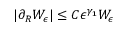
| \partial _ { R } W _ { \epsilon } | \le C \epsilon ^ { \gamma _ { 1 } } W _ { \epsilon }